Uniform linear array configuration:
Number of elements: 32
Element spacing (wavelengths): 1
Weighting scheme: exponential
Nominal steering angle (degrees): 30
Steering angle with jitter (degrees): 30.979
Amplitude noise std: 0.05
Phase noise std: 0.05

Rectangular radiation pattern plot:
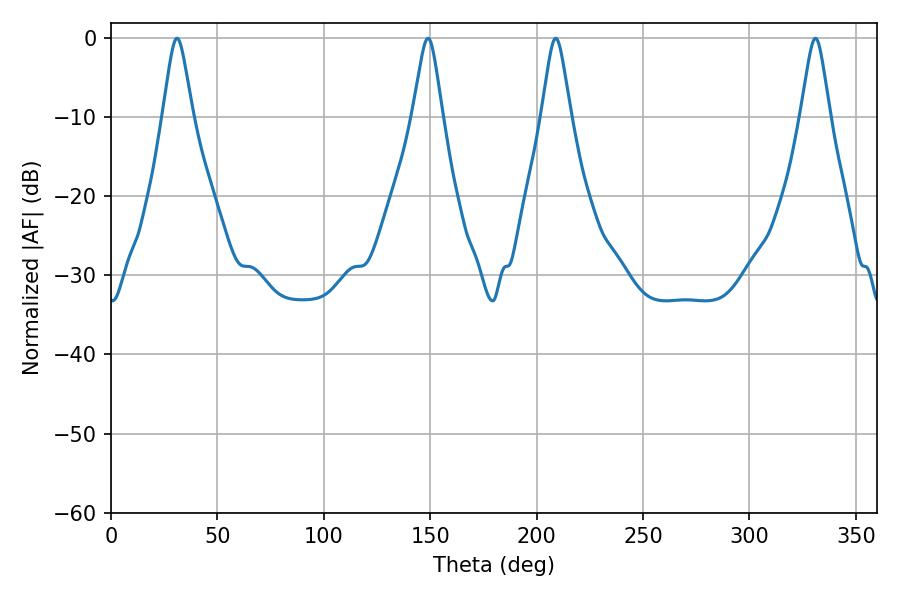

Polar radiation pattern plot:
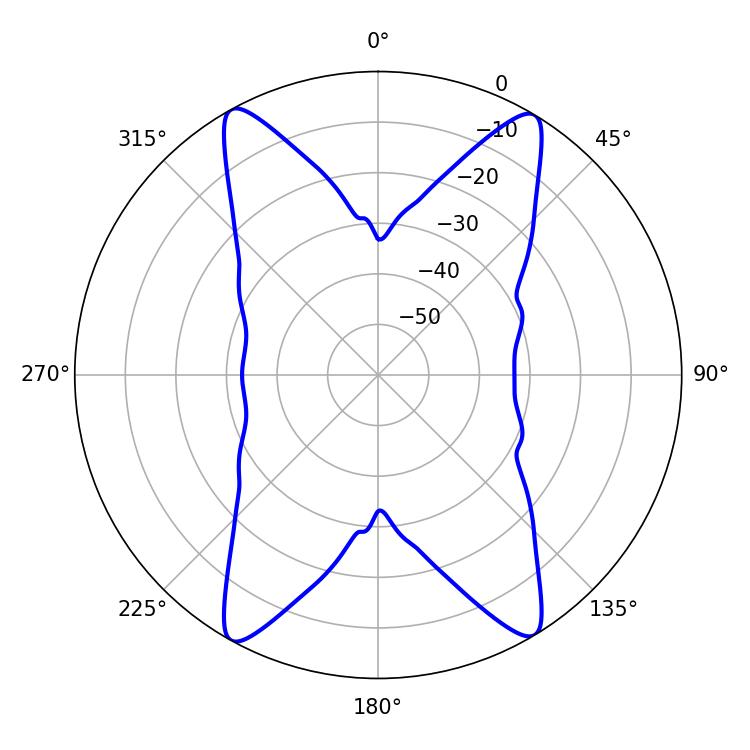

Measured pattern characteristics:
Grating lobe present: TRUE
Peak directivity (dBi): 21.801
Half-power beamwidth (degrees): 6.48
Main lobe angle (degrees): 208.98